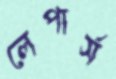
লেপার্স